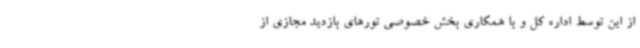
از این توسط اداره کل و با همکاری بخش خصوصی تورهای بازدید مجازی از